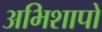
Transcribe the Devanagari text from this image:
अभिशापों